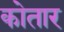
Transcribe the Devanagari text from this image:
कोतार